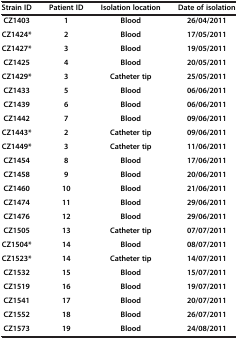
<table><thead><tr><td><b>Strain ID</b></td><td><b>Patient ID</b></td><td><b>Isolation location</b></td><td><b>Date of isolation</b></td></tr></thead><tbody><tr><td><b>CZ1403</b></td><td><b>1</b></td><td><b>Blood</b></td><td><b>26/04/2011</b></td></tr><tr><td><b>CZ1424*</b></td><td><b>2</b></td><td><b>Blood</b></td><td><b>17/05/2011</b></td></tr><tr><td><b>CZ1427*</b></td><td><b>3</b></td><td><b>Blood</b></td><td><b>19/05/2011</b></td></tr><tr><td><b>CZ1425</b></td><td><b>4</b></td><td><b>Blood</b></td><td><b>20/05/2011</b></td></tr><tr><td><b>CZ1429*</b></td><td><b>3</b></td><td><b>Catheter tip</b></td><td><b>25/05/2011</b></td></tr><tr><td><b>CZ1433</b></td><td><b>5</b></td><td><b>Blood</b></td><td><b>06/06/2011</b></td></tr><tr><td><b>CZ1439</b></td><td><b>6</b></td><td><b>Blood</b></td><td><b>06/06/2011</b></td></tr><tr><td><b>CZ1442</b></td><td><b>7</b></td><td><b>Blood</b></td><td><b>09/06/2011</b></td></tr><tr><td><b>CZ1443*</b></td><td><b>2</b></td><td><b>Catheter tip</b></td><td><b>09/06/2011</b></td></tr><tr><td><b>CZ1449*</b></td><td><b>3</b></td><td><b>Catheter tip</b></td><td><b>11/06/2011</b></td></tr><tr><td><b>CZ1454</b></td><td><b>8</b></td><td><b>Blood</b></td><td><b>17/06/2011</b></td></tr><tr><td><b>CZ1458</b></td><td><b>9</b></td><td><b>Blood</b></td><td><b>20/06/2011</b></td></tr><tr><td><b>CZ1460</b></td><td><b>10</b></td><td><b>Blood</b></td><td><b>21/06/2011</b></td></tr><tr><td><b>CZ1474</b></td><td><b>11</b></td><td><b>Blood</b></td><td><b>29/06/2011</b></td></tr><tr><td><b>CZ1476</b></td><td><b>12</b></td><td><b>Blood</b></td><td><b>29/06/2011</b></td></tr><tr><td><b>CZ1505</b></td><td><b>13</b></td><td><b>Catheter tip</b></td><td><b>07/07/2011</b></td></tr><tr><td><b>CZ1504*</b></td><td><b>14</b></td><td><b>Blood</b></td><td><b>08/07/2011</b></td></tr><tr><td><b>CZ1523*</b></td><td><b>14</b></td><td><b>Catheter tip</b></td><td><b>14/07/2011</b></td></tr><tr><td><b>CZ1532</b></td><td><b>15</b></td><td><b>Blood</b></td><td><b>15/07/2011</b></td></tr><tr><td><b>CZ1519</b></td><td><b>16</b></td><td><b>Blood</b></td><td><b>19/07/2011</b></td></tr><tr><td><b>CZ1541</b></td><td><b>17</b></td><td><b>Blood</b></td><td><b>20/07/2011</b></td></tr><tr><td><b>CZ1552</b></td><td><b>18</b></td><td><b>Blood</b></td><td><b>26/07/2011</b></td></tr><tr><td><b>CZ1573</b></td><td><b>19</b></td><td><b>Blood</b></td><td><b>24/08/2011</b></td></tr></tbody></table>